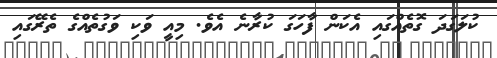
ކުލަގަދަ ގޮތެއްގައި އެކަން ފާހަގަ ކުރާނެ އެވެ. މިއީ ވަކި ވަގުތެއްގެ ތެރޭގައި